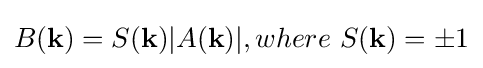
B({\textbf {k}})=S({\textbf {k}})|A({\textbf {k}})|,where~S({\textbf {k}})=\pm 1